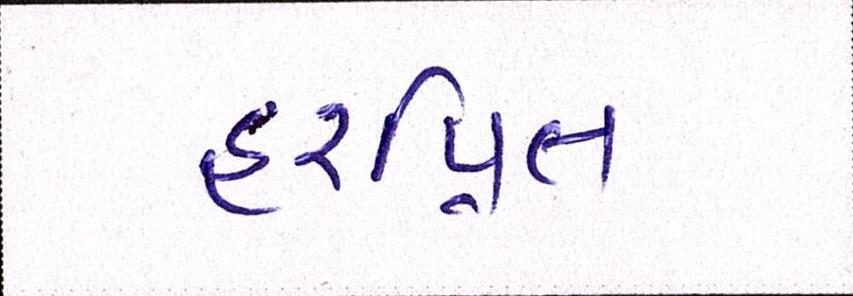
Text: હરપ્રિત